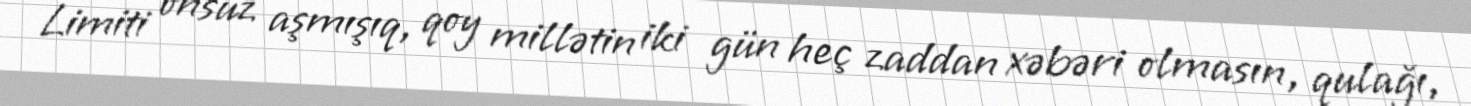
Limiti onsuz aşmışıq, qoy millətin iki gün heç zaddan xəbəri olmasın, qulağı,